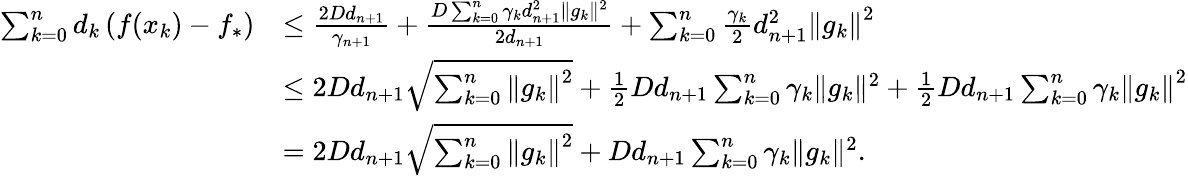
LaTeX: \begin{array}{rl}{\sum_{k=0}^{n}d_{k}\left(f(x_{k})-f_{*}\right)}&{\leq\frac{2Dd_{n+1}}{\gamma_{n+1}}+\frac{D\sum_{k=0}^{n}\gamma_{k}d_{n+1}^{2}\| g_{k}\| ^{2}}{2d_{n+1}}+\sum_{k=0}^{n}\frac{\gamma_{k}}{2}d_{n+1}^{2}\left\Vert g_{k}\right\Vert^{2}}\\ &{\leq 2Dd_{n+1}\sqrt{\sum_{k=0}^{n}\left\Vert g_{k}\right\Vert^{2}}+\frac{1}{2}Dd_{n+1}\sum_{k=0}^{n}\gamma_{k}\| g_{k}\| ^{2}+\frac{1}{2}Dd_{n+1}\sum_{k=0}^{n}\gamma_{k}\left\Vert g_{k}\right\Vert^{2}}\\ &{=2Dd_{n+1}\sqrt{\sum_{k=0}^{n}\left\Vert g_{k}\right\Vert^{2}}+Dd_{n+1}\sum_{k=0}^{n}\gamma_{k}\| g_{k}\| ^{2}.}\end{array}